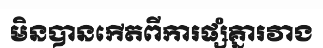
មិនបានកើតពីការផ្សំគ្នារវាង